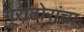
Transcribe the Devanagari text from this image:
गुराढोरांचा